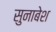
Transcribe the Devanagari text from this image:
सुनाबेश